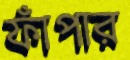
ফাঁপার